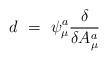
LaTeX: \begin{align*}d \ = \ \psi^a_\mu { \delta \over \delta A^a_\mu }\end{align*}